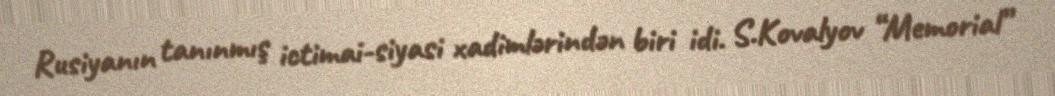
Rusiyanın tanınmış ictimai-siyasi xadimlərindən biri idi. S.Kovalyov “Memorial”